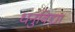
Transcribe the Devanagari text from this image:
धनुविद्या